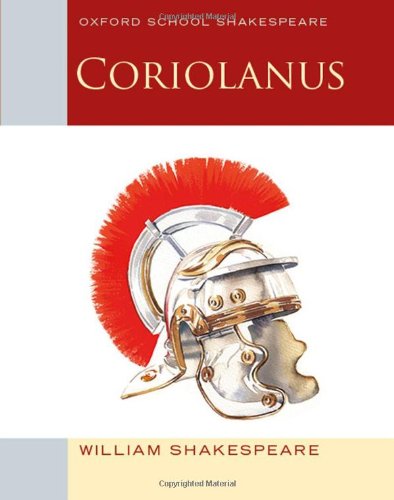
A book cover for Coriolanus: Oxford School Shakespeare (Oxford School Shakespeare Series); William Shakespeare; Literature & Fiction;